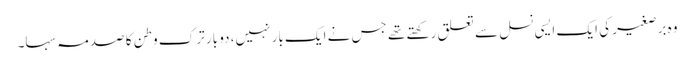
وہ برصغیر کی ایک ایسی نسل سے تعلق رکھتے تھے جس نے ایک بار نہیں، دو بار ترک وطن کا صدمہ سہا۔